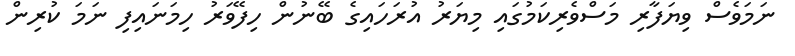
ނަމަވެސް ވިޔަފާރި މަސްވެރިކަމުގައި މިޔަރު އުރަހައިގެ ބޭނުން ހިފޭވަރު ހިމަނައިފި ނަމަ ކުރިން